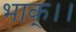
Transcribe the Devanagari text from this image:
भाक्।।